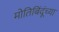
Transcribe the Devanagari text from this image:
मोतिबिंदूंच्या